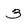
Character: 3